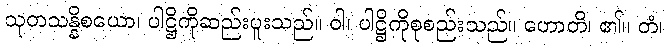
သုတသန္နိစယော၊ ပါဋ္ဌိကိုဆည်းပူးသည်။ ဝါ၊ ပါဋ္ဌိကိုစုစည်းသည်။ ဟောတိ၊ ၏။ တံ၊